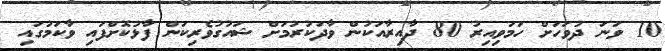
10 ވަނަ ދުވަހަށް ހަމަވިއިރު 80 ދާއިރާއަކުން ވާދަކުރުމަށް ޝައުގުވެރިކަން ފާޅުކޮށްފައި ވާކަމުގައި